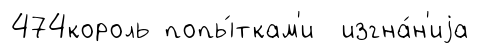
474король попы́ткам'и изгна́н'иjа